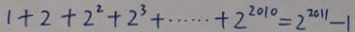
1 + 2 + 2 ^ { 2 } + 2 ^ { 3 } + \cdots + 2 ^ { 2 0 1 0 } = 2 ^ { 2 0 1 1 } - 1